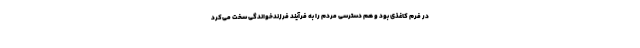
در فرم کاغذی بود و هم دسترسی مردم را به فرآیند فرزندخواندگی سخت می‌کرد